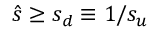
\hat { s } \ge s _ { d } \equiv 1 / s _ { u }